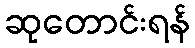
ဆုတောင်းရန်